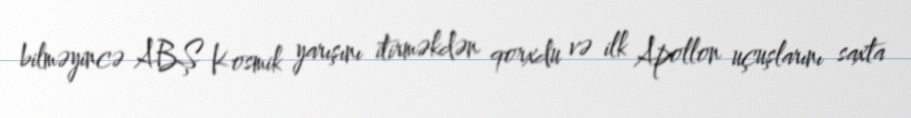
bilməyincə ABŞ Kosmik yarışını itirməkdən qorxdu və ilk Apollon uçuşlarını saxta